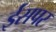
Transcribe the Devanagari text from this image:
ईसपर